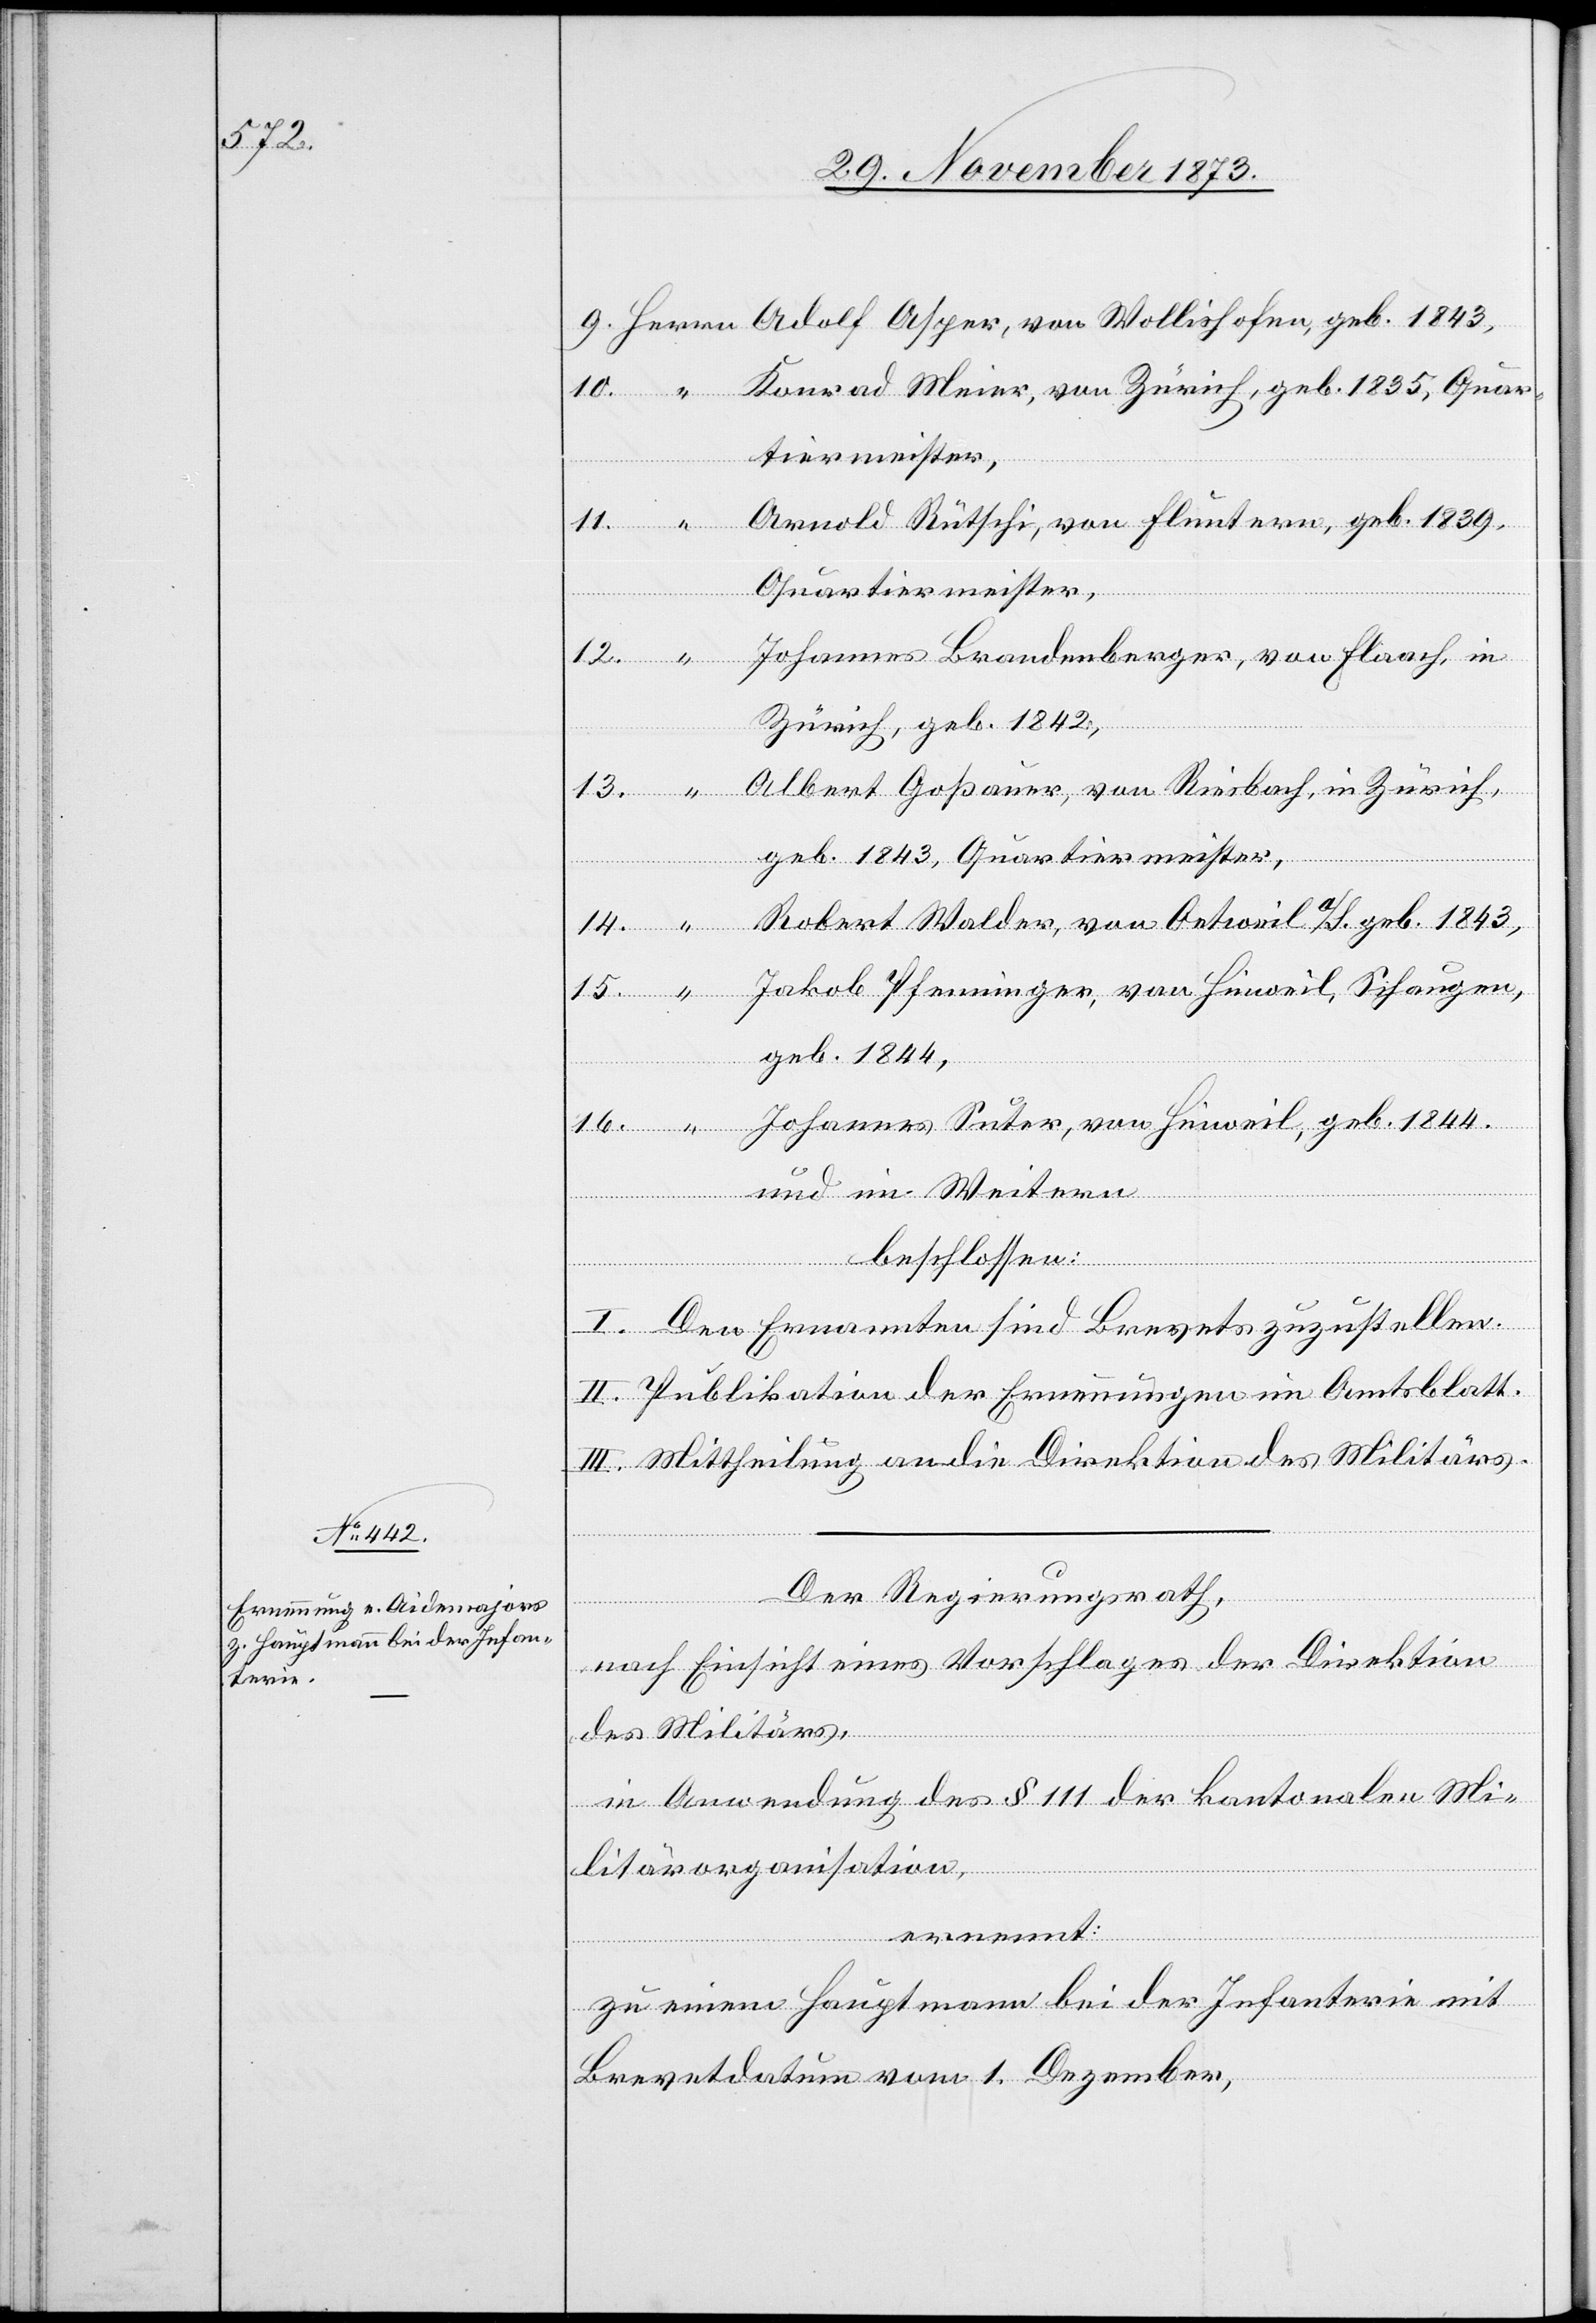
Arnold Rütschi, von Fluntern, geb. 1839,
Quartiermeister,
Johannes Brandenberger, von Flaach, in
Zürich, geb. 1842,
Albert Goßauer, von Riesbach, in Zürich,
geb. 1843, Quartiermeister,
Robert Walder, von Oetweil a/S. geb. 1843,
Jakob Pfenninger, von Hinweil, Schaugen,
geb. 1844,
Johannes Suter, von Hinweil, geb. 1844.
und im Weitern
beschlossen:
I. Den Ernannten sind Brevets zuzustellen.
II. Publikation der Ernennungen im Amtsblatt.
III. Mittheilung an die Direktion des Militärs.
Der Regierungsrath,
15.
nach Einsicht eines Vorschlages der Direktion
des Militärs,
von
in Anwendung des § 111 der kantonalen Mi¬
litärorganisation,
ernennt:
zu einem Hauptmann bei der Infanterie mit
Brevetdatum vom 1. Dezember,